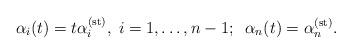
LaTeX: \begin{align*}\alpha_{i}(t)=t\alpha_{i}^{({\rm st})},\;i=1,\ldots,n-1;\;\;\alpha_{n}(t)=\alpha_{n}^{({\rm st})}.\end{align*}